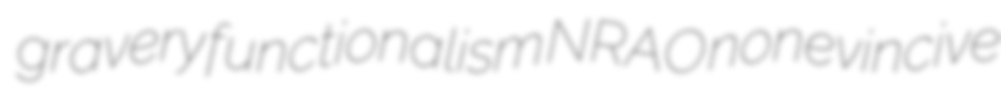
gravery functionalism NRAO nonevincive